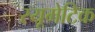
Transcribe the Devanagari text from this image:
रयूमेटिक